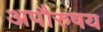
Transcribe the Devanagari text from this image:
अपौरुषय